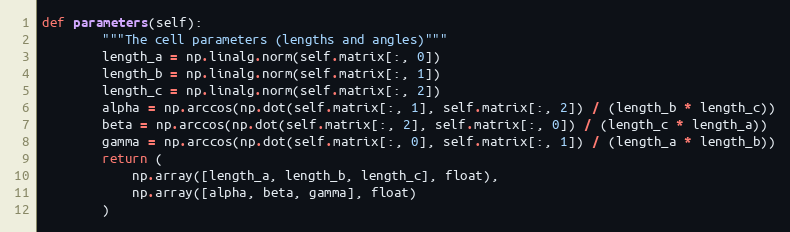
Language: Python
def parameters(self):
        """The cell parameters (lengths and angles)"""
        length_a = np.linalg.norm(self.matrix[:, 0])
        length_b = np.linalg.norm(self.matrix[:, 1])
        length_c = np.linalg.norm(self.matrix[:, 2])
        alpha = np.arccos(np.dot(self.matrix[:, 1], self.matrix[:, 2]) / (length_b * length_c))
        beta = np.arccos(np.dot(self.matrix[:, 2], self.matrix[:, 0]) / (length_c * length_a))
        gamma = np.arccos(np.dot(self.matrix[:, 0], self.matrix[:, 1]) / (length_a * length_b))
        return (
            np.array([length_a, length_b, length_c], float),
            np.array([alpha, beta, gamma], float)
        )